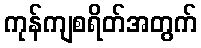
ကုန်ကျစရိတ်အတွက်